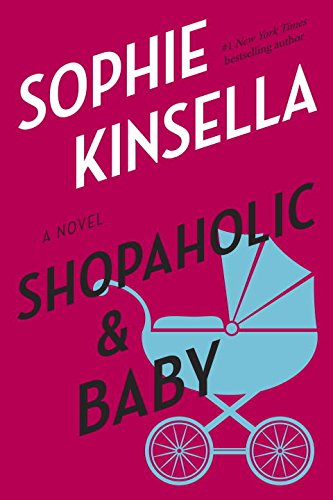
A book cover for Shopaholic & Baby: A Novel; Sophie Kinsella; Literature & Fiction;